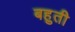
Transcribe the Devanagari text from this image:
बहुती